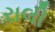
રાલી